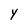
Character: y